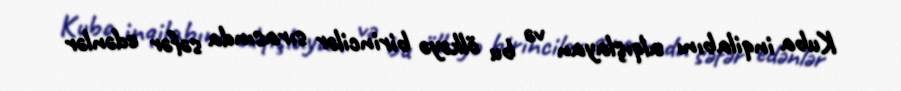
Kuba inqilabını alqışlayan və bu ölkəyə birincilər sırasında səfər edənlər